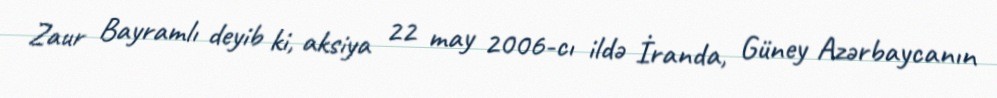
Zaur Bayramlı deyib ki, aksiya 22 may 2006-cı ildə İranda, Güney Azərbaycanın